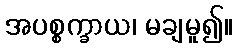
အပစ္စက္ခာယ၊ မချမူ၍။